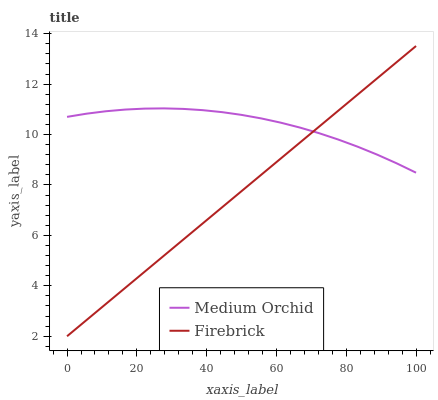
| xaxis_label | Medium Orchid | Firebrick |
 | --- | --- | --- |
 | 0 | 10.7 | 2 |
 | 5.56 | 10.8 | 2.64 |
 | 11.1 | 10.9 | 3.28 |
 | 16.7 | 11 | 3.92 |
 | 22.2 | 11 | 4.56 |
 | 27.8 | 11 | 5.2 |
 | 33.3 | 11 | 5.84 |
 | 38.9 | 11 | 6.48 |
 | 44.4 | 10.9 | 7.12 |
 | 50 | 10.8 | 7.76 |
 | 55.6 | 10.6 | 8.4 |
 | 61.1 | 10.5 | 9.04 |
 | 66.7 | 10.3 | 9.68 |
 | 72.2 | 10.1 | 10.3 |
 | 77.8 | 9.8 | 11 |
 | 83.3 | 9.52 | 11.6 |
 | 88.9 | 9.2 | 12.2 |
 | 94.4 | 8.86 | 12.9 |
 | 100 | 8.49 | 13.5 |